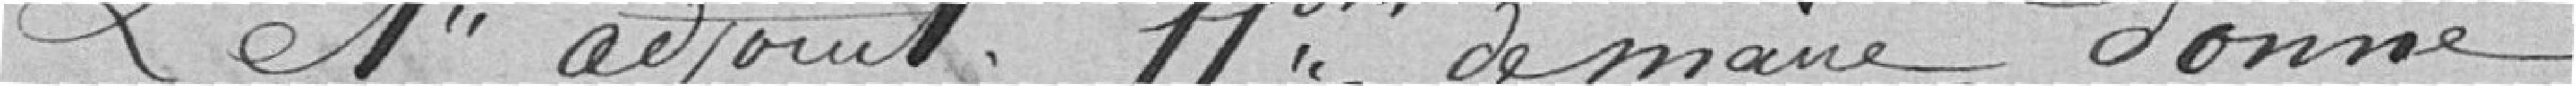
Le premier adjoint faisant fonction de maire donne